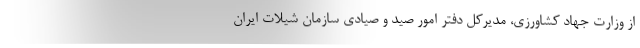
از وزارت جهاد کشاورزی، مدیرکل دفتر امور صید و صیادی سازمان شیلات ایران